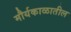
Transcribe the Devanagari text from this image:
मौर्यकाळातील